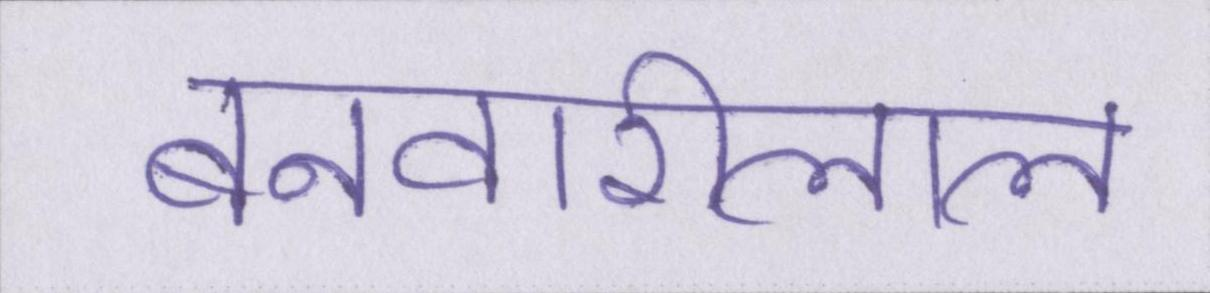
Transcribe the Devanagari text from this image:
बनवारीलाल